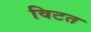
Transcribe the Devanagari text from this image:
विटत